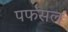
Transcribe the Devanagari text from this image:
पफसल